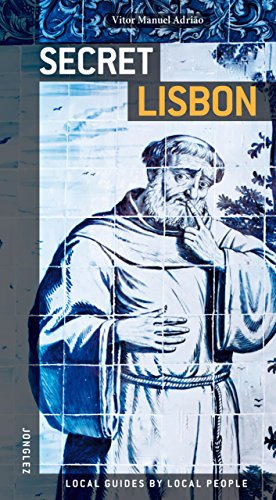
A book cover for Secret Lisbon; Vitor Dr Adrio; Travel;